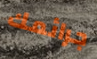
جرائمك